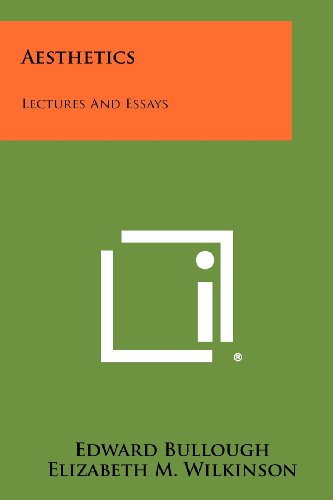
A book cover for Aesthetics: Lectures And Essays; Edward Bullough; Literature & Fiction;